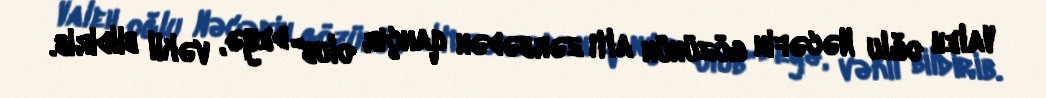
Valeh oğlu Nəcəfin gözünün altı zərbədən qançır olub" deyə, vəkil bildirib.